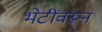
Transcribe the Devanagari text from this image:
भेटींवरून